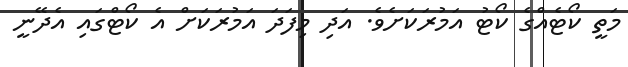
މަތީ ކޯޓެއްގެ ކޯޓު އަމުރަކަށެވެ. އަދި މިފަދަ އަމުރަކަށް އެ ކޯޓްގައި އެދޭނީ